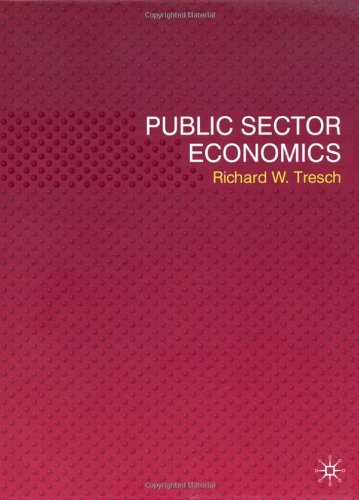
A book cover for Public Sector Economics; Richard W. Tresch; Business & Money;